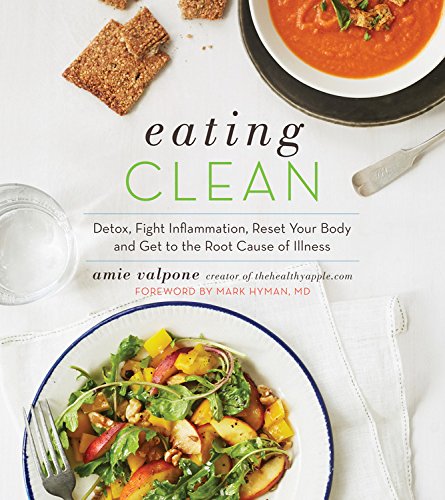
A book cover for Eating Clean: The 21-Day Plan to Detox, Fight Inflammation, and Reset Your Body; Amie Valpone; Health, Fitness & Dieting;